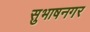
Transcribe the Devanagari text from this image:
सुभाषनगर